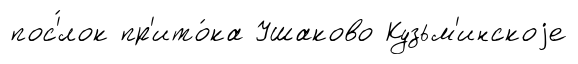
пос'́лок пр'ито́ка Ушаково Кузьм'инскоjе